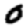
Digit: 0